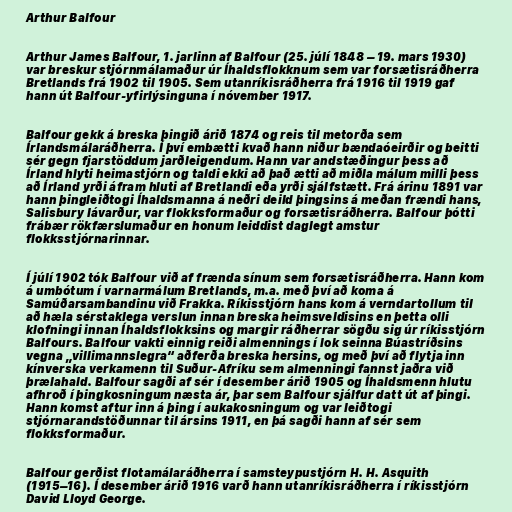
Arthur Balfour

Arthur James Balfour, 1. jarlinn af Balfour (25. júlí 1848 – 19. mars 1930)
var breskur stjórnmálamaður úr Íhaldsflokknum sem var forsætisráðherra
Bretlands frá 1902 til 1905. Sem utanríkisráðherra frá 1916 til 1919 gaf
hann út Balfour-yfirlýsinguna í nóvember 1917.

Balfour gekk á breska þingið árið 1874 og reis til metorða sem
Írlandsmálaráðherra. Í því embætti kvað hann niður bændaóeirðir og beitti
sér gegn fjarstöddum jarðleigendum. Hann var andstæðingur þess að
Írland hlyti heimastjórn og taldi ekki að það ætti að miðla málum milli þess
að Írland yrði áfram hluti af Bretlandi eða yrði sjálfstætt. Frá árinu 1891 var
hann þingleiðtogi Íhaldsmanna á neðri deild þingsins á meðan frændi hans,
Salisbury lávarður, var flokksformaður og forsætisráðherra. Balfour þótti
frábær rökfærslumaður en honum leiddist daglegt amstur
flokksstjórnarinnar.

Í júlí 1902 tók Balfour við af frænda sínum sem forsætisráðherra. Hann kom
á umbótum í varnarmálum Bretlands, m.a. með því að koma á
Samúðarsambandinu við Frakka. Ríkisstjórn hans kom á verndartollum til
að hæla sérstaklega verslun innan breska heimsveldisins en þetta olli
klofningi innan Íhaldsflokksins og margir ráðherrar sögðu sig úr ríkisstjórn
Balfours. Balfour vakti einnig reiði almennings í lok seinna Búastríðsins
vegna „villimannslegra“ aðferða breska hersins, og með því að flytja inn
kínverska verkamenn til Suður-Afríku sem almenningi fannst jaðra við
þrælahald. Balfour sagði af sér í desember árið 1905 og Íhaldsmenn hlutu
afhroð í þingkosningum næsta ár, þar sem Balfour sjálfur datt út af þingi.
Hann komst aftur inn á þing í aukakosningum og var leiðtogi
stjórnarandstöðunnar til ársins 1911, en þá sagði hann af sér sem
flokksformaður.

Balfour gerðist flotamálaráðherra í samsteypustjórn H. H. Asquith
(1915–16). Í desember árið 1916 varð hann utanríkisráðherra í ríkisstjórn
David Lloyd George.